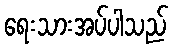
ရေးသားအပ်ပါသည်